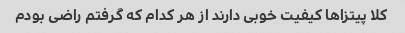
کلا پیتزاها کیفیت خوبی دارند از هر کدام که گرفتم راضی بودم